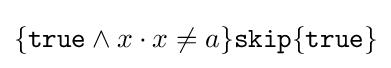
\{{\texttt {true}}\wedge x\cdot x\neq a\}{\texttt {skip}}\{{\texttt {true}}\}